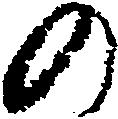
の